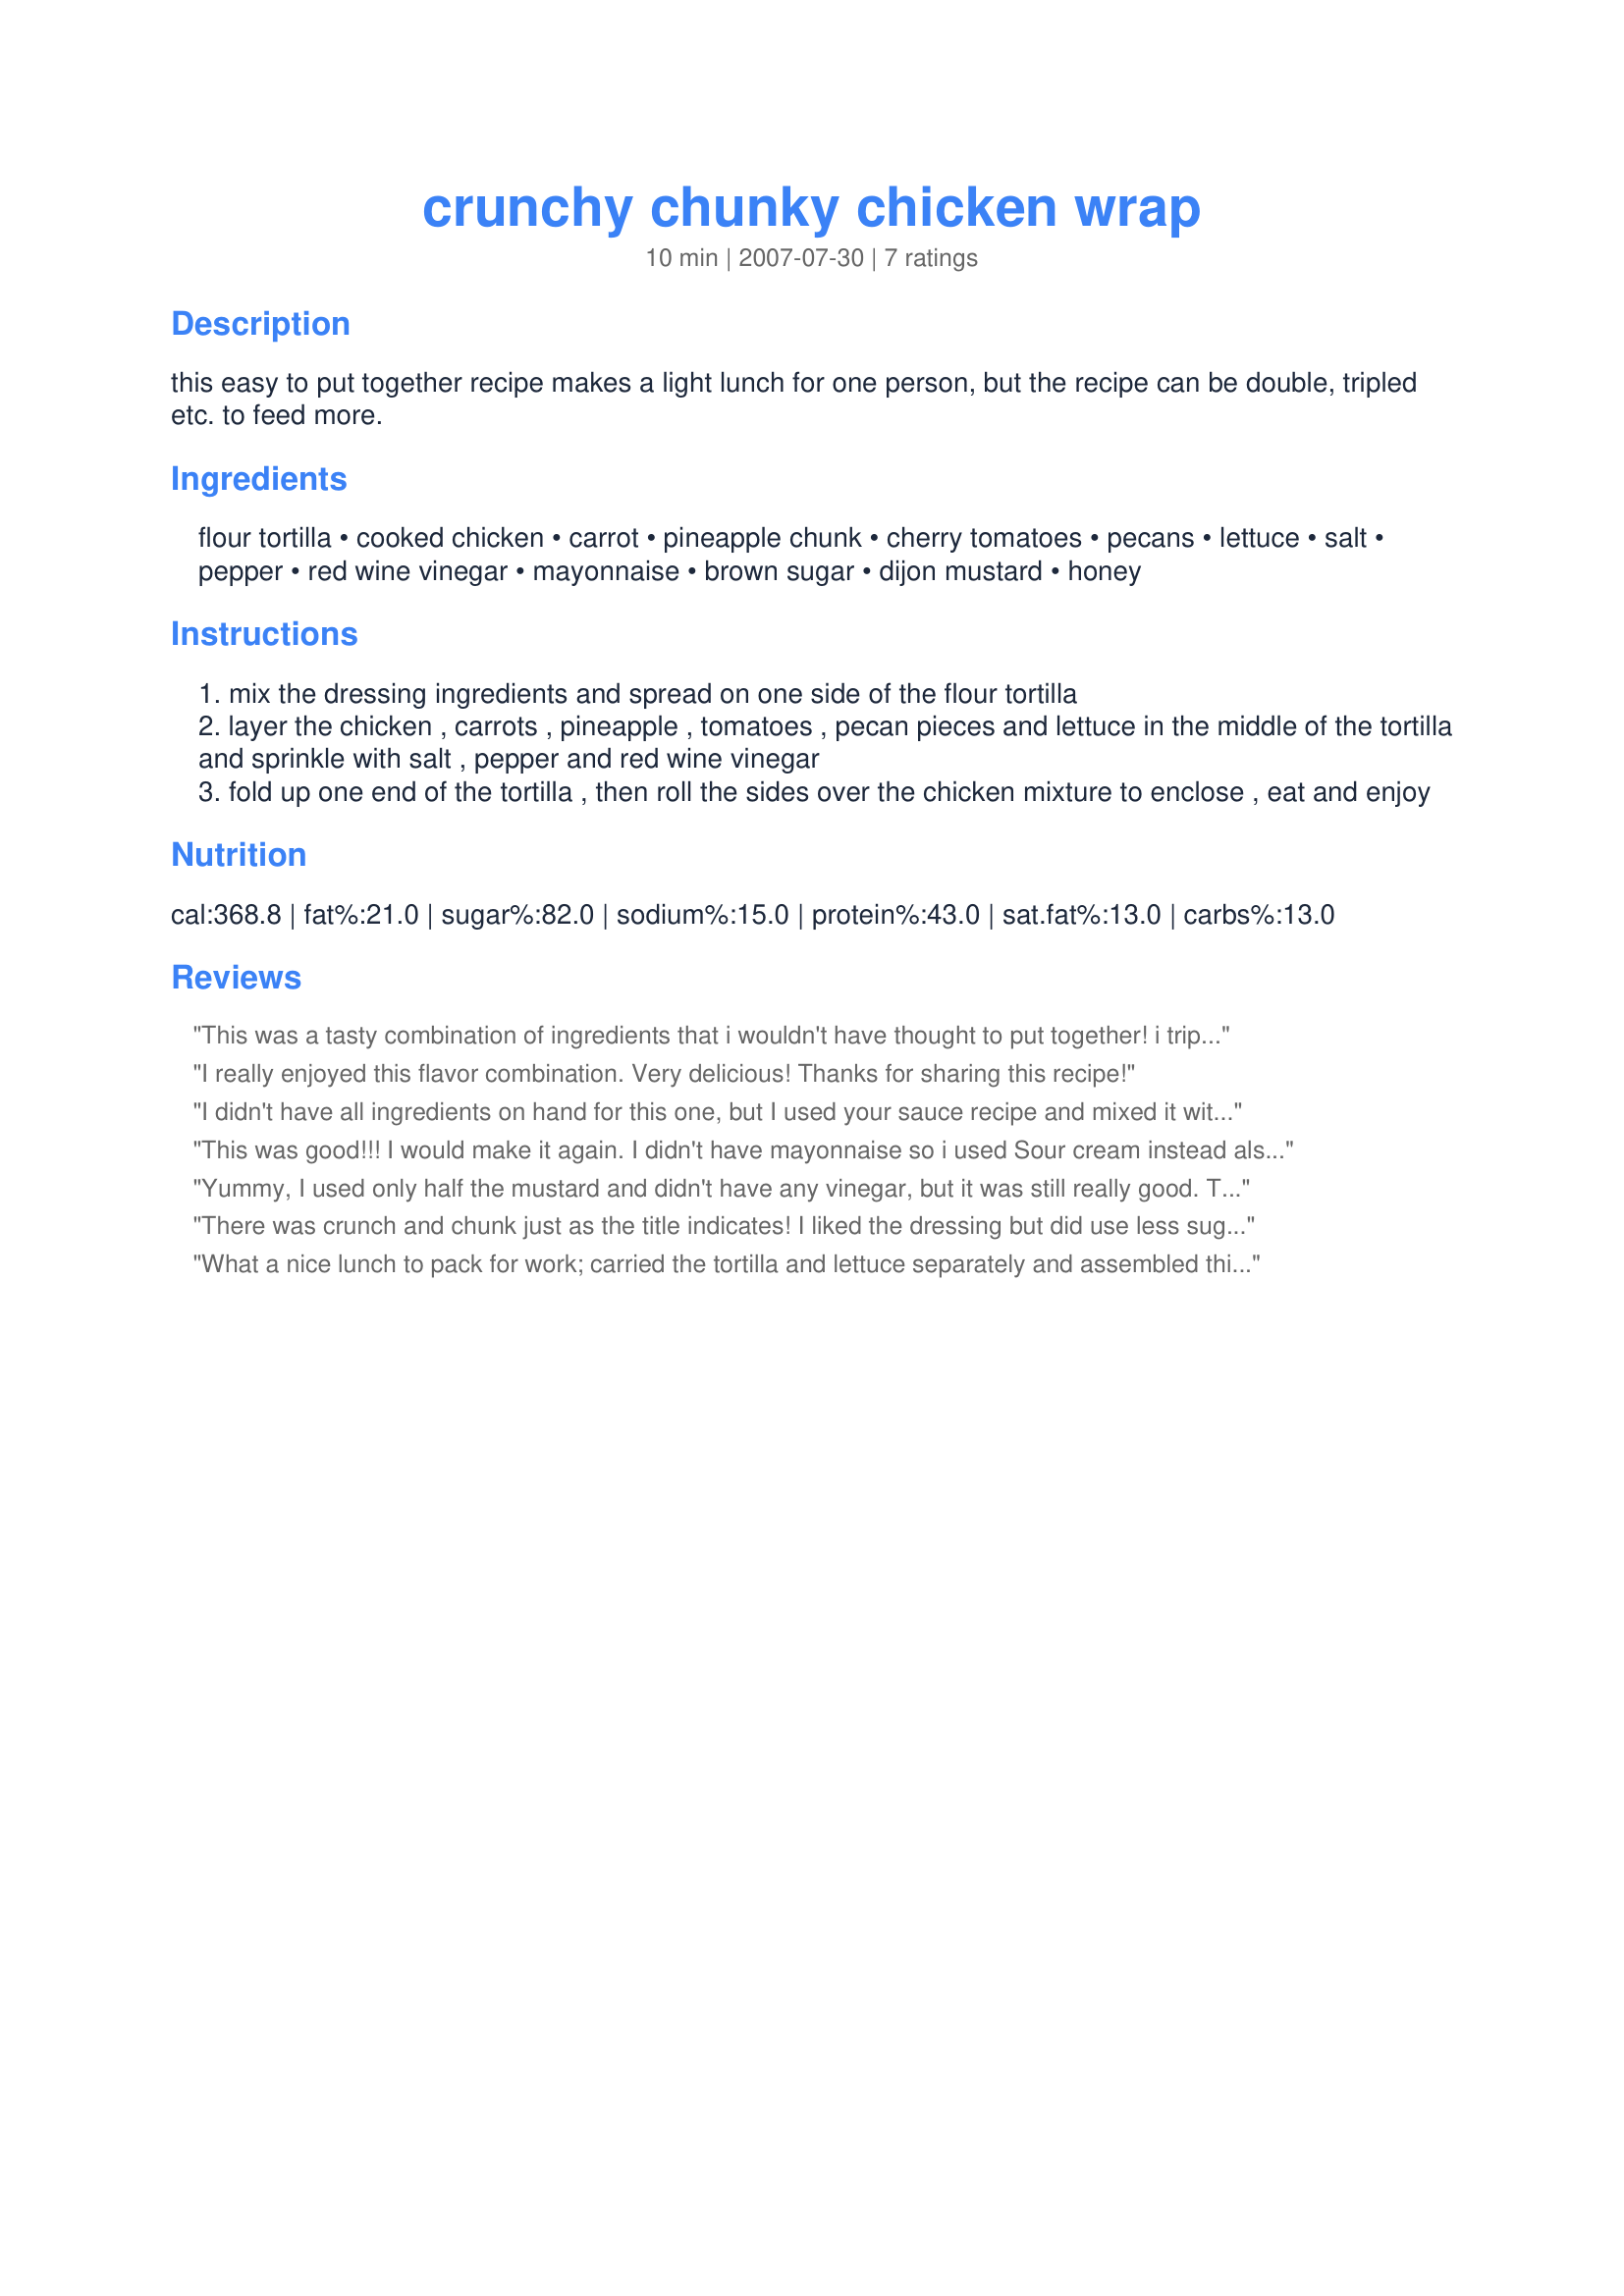
crunchy chunky chicken wrap
Preparation time: 10 minutes

this easy to put together recipe makes a light lunch for one person, but the recipe can be double, tripled etc. to feed more.

Ingredients:
flour tortilla, cooked chicken, carrot, pineapple chunk, cherry tomatoes, pecans, lettuce, salt, pepper, red wine vinegar, mayonnaise, brown sugar, dijon mustard, honey

Steps:
mix the dressing ingredients and spread on one side of the flour tortilla
layer the chicken , carrots , pineapple , tomatoes , pecan pieces and lettuce in the middle of the tortilla and sprinkle with salt , pepper and red wine vinegar
fold up one end of the tortilla , then roll the sides over the chicken mixture to enclose , eat and enjoy

Reviews:
This was a tasty combination of ingredients that i wouldn't have thought to put together! i tripled the recipe and it made a light healthy dinner for our family.We used whole wheat tortillas. The dressing had so much flavor we hardly noticed or needed the vinegar. Thanks for creating this for the contest and for providing us with a tasty meal!
I really enjoyed this flavor combination. Very delicious! Thanks for sharing this recipe!
I didn't have all ingredients on hand for this one, but I used your sauce recipe and mixed it with cubed chicken for a nice spin on chicken salad sandwiches. It was absolutely delicious! Thanks for sharing, I'll be using your recipe again!
This was good!!! I would make it again. I didn't have mayonnaise so i used Sour cream instead also i grated the carrot. The only things i would do different would be, to use mayonnaise and maybe use crushed pineapple and drain it really well.
Yummy, I used only half the mustard and didn't have any vinegar, but it was still really good. Thanks :)
There was crunch and chunk just as the title indicates! I liked the dressing but did use less sugar and it was still sweet, it went well with the pineapples! Very Tasty! Good Luck Chef!
What a nice lunch to pack for work; carried the tortilla and lettuce separately and assembled this just before consuming. I liked the crunchiness offered by the carrots against the sweetness of the pineapple. It was a nice change from chicken salad with apples. I did reduce the sugar by half as I would have otherwise found the dressing too sweet. Thanks!
